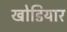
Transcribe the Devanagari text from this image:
खोडियार